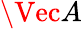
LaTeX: \Vec{A}